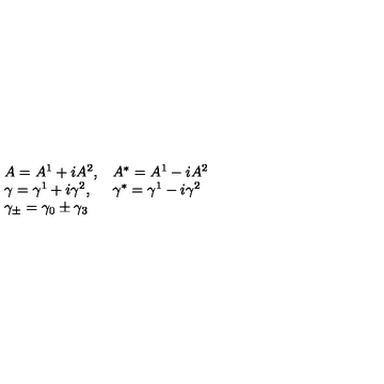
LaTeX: \begin{array} { l l } { A = A ^ { 1 } + i A ^ { 2 } , } & { A ^ { * } = A ^ { 1 } - i A ^ { 2 } } \\ { \gamma = \gamma ^ { 1 } + i \gamma ^ { 2 } , } & { \gamma ^ { * } = \gamma ^ { 1 } - i \gamma ^ { 2 } } \\ { \gamma _ { \pm } = \gamma _ { 0 } \pm \gamma _ { 3 } } & { } \\ \end{array}